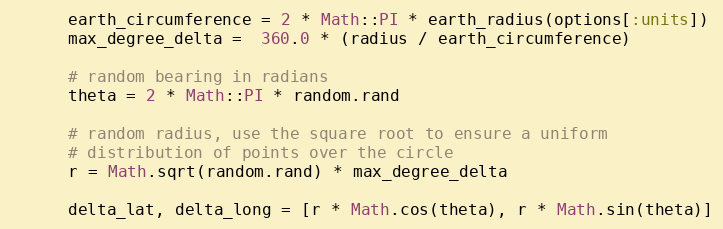
Language: Ruby
      earth_circumference = 2 * Math::PI * earth_radius(options[:units])
      max_degree_delta =  360.0 * (radius / earth_circumference)

      # random bearing in radians
      theta = 2 * Math::PI * random.rand

      # random radius, use the square root to ensure a uniform
      # distribution of points over the circle
      r = Math.sqrt(random.rand) * max_degree_delta

      delta_lat, delta_long = [r * Math.cos(theta), r * Math.sin(theta)]